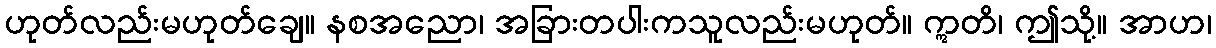
ဟုတ်လည်းမဟုတ်ချေ။ နစအညော၊ အခြားတပါးကသူလည်းမဟုတ်။ ဣတိ၊ ဤသို့။ အာဟ၊